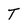
Character: T